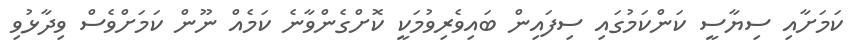
ކަމަށާއި ސިޔާސީ ކަންކަމުގައި ސިފައިން ބައިވެރިވުމަކީ ކޮށްގެންވާނެ ކަމެއް ނޫން ކަމަށްވެސް ވިދާޅުވި